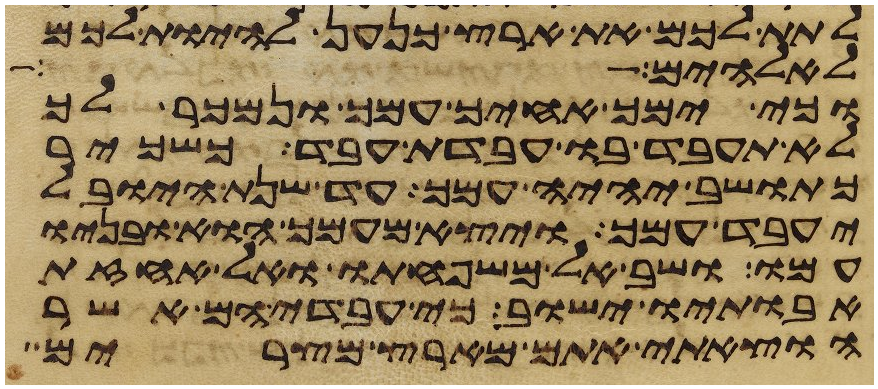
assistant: לתת לכם את ארץ כנען להיות לכם
אלהים על הארץ
וכי ימך אחיך עמך ונמכר לך
לא תעבד בו עבדת עבד כשכיר
כתושב יהיה עמך עד שנת היובל
יעבד עמך ויצא מעמך הוא ובניו
עמו ושב אל משפחתו ואל אחזת
אבתיו ישוב כי עבדיהם אשר
הוצאתי אתם מארץ מצרים